Civil Veterinary Dept. Bombay admin report 1923-31 - 1923-1931
Year: 1923
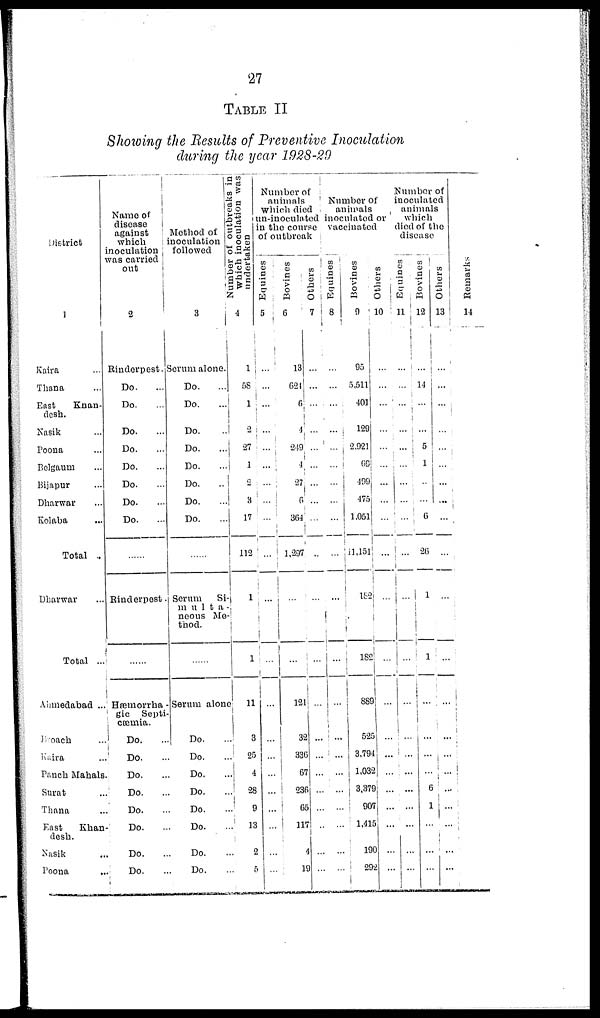
27
TABLE II
Showing the Results of Preventive Inoculation
during the year 1928-20
District
1
Kaira ...
Thana ...
East
Khan-
desh.
Nasik ...
Poona ...
Bolgaum ...
Bijapur ...
Dharwar ...
Kolaba ...
Total .
Dharwar ...
Total ..
Ahmedabad ..
Broach ...
Kaira ...
Panch Mahals
Surat ...
Thana ...
East
Khan
desh.
Nasik ...
Poona ...
Name of
disease
against
which
inoculation
was carried
out
2
Rinderpest.
Do. ...
Do. ...
Do. ...
Do. ...
Do. ...
Do. ...
Do. ...
Do. ...
......
Rinderpest.
......
Hæmorrha -
gic Septi-
cæmia.
Do. ...
DO.
...
Do. ...
Do. ...
Do. ...
DO. ...
Do. ...
Do. ...
Method of
inoculation
followed.
3
Serum alone.
Do. ...
Do. ...
Do. ...
Do. ...
Do. ...
Do ....
Do. ...
Do. ...
......
Serum
Si-
mu1ta -
neous Me-
thod.
....
Serum alone
Do. ...
Do. ...
Do. ...
Do. ...
Do. ...
Do. ...
Do. ...
Do. ...
Number of outbreaks in
which inoculation was
undertaken
4
1
58
1
2
27
1
2
8
17
112
1
1
11
3
25
4
28
9
13
2
5
Number of
animals
Which died
un-inoculated
in the course
of outbreak
Equines
5
...
...
...
...
...
...
...
...
...
...
...
...
...
...
...
...
...
...
...
...
...
Bovines
6
13
621
6
4
249
4
27
6
364
1,297
...
...
121
32
336
67
236
65
117
4
19
Others
7
...
...
...
...
....
...
...
...
...
...
...
...
...
...
...
...
...
...
...
...
...
Number of
animals
inoculated or
vaccinated
Equines
8
...
...
...
...
...
...
...
...
...
...
...
...
...
...
...
...
...
...
...
...
...
Bovines
9
95
5,511
401
129
2,921
69
499
475
1,051
11,151
182
182
889
525
3,794
1,032
3,379
907
1,415
190
292
Others
10
...
...
...
...
...
...
...
...
...
...
...
...
...
...
...
...
...
...
...
...
...
Number of
inoculated
animals
which
died of the
disease
Equines
11
...
...
...
...
...
...
...
...
...
...
...
...
...
...
...
...
...
...
...
...
...
Bovines
12
...
14
...
...
5
1
...
...
6
26
1
1
...
...
...
...
6
1
...
....
...
Others
13
...
...
...
...
...
...
...
...
...
...
...
...
...
...
...
...
...
..
...
...
...
Remarks
14